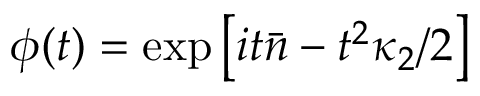
\phi ( t ) = \exp \left[ i t { \bar { n } } - t ^ { 2 } \kappa _ { 2 } / 2 \right]